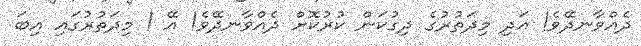
ދެއްވާނދޭވެ! އަދި މިދަތުރުގެ ދިގުކަން ކުރުކޮށް ދެއްވާނދޭވެ! އޭ ! މިދަތުރުގައި އިބަ